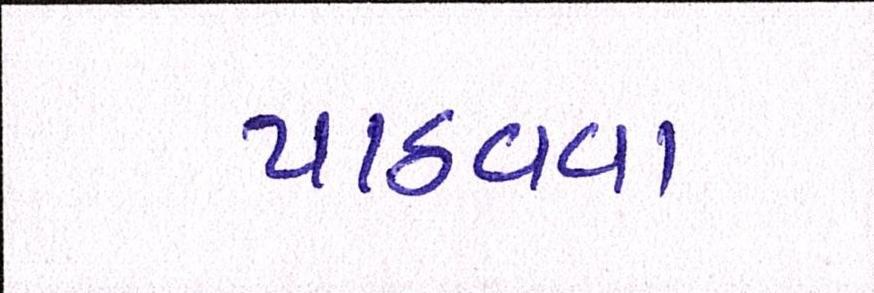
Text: પાઠવવા